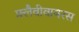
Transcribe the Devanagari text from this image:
फ़्लैवीवायरस